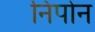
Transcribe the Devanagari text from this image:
निपोन